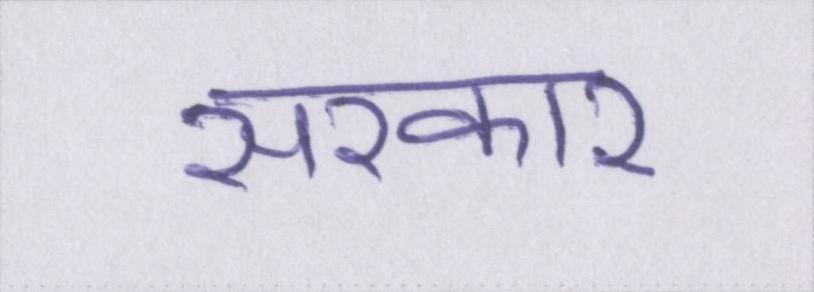
सरकार